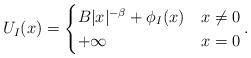
LaTeX: \begin{align*}U_I(x)= \begin{cases}B |x|^{-\beta} + \phi_I(x) & x \neq 0\\+ \infty & x= 0\end{cases} .\end{align*}